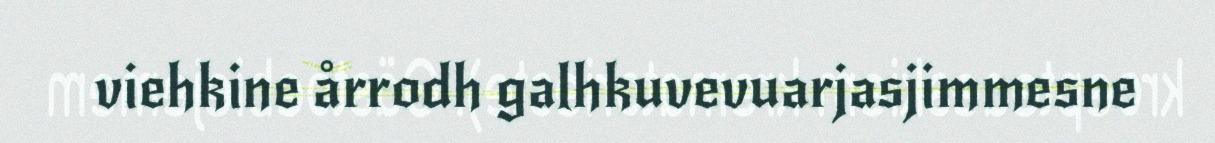
viehkine årrodh galhkuvevuarjasjimmesne